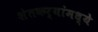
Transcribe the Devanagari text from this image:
शेतकर्‍यांमध्ये